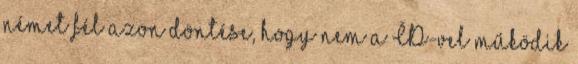
német fél azon döntése, hogy nem a ČD-vel működik